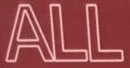
ALL